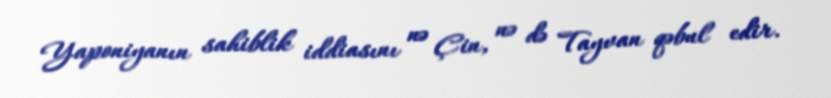
Yaponiyanın sahiblik iddiasını nə Çin, nə də Tayvan qəbul edir.